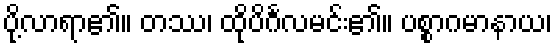
ပို့လာရာ၏။ တဿ၊ ထိုပိင်္ဂလမင်း၏။ ပစ္စာဂမာနာယ၊